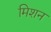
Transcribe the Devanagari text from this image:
मिशन